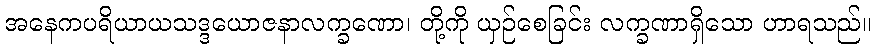
အနေကပရိယာယသဒ္ဒယောဇနာလက္ခဏော၊ တို့ကို ယှဉ်စေခြင်း လက္ခဏာရှိသော ဟာရသည်။